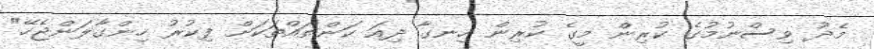
މެދު ވިސްނުމުގެ ކުރިން މީގެ ކުރިން ހިނގާ ދިއަ ކަންތައްތަކަށް ފިކުރު ހިންގާލަންޖެހޭ"